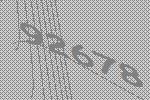
92678